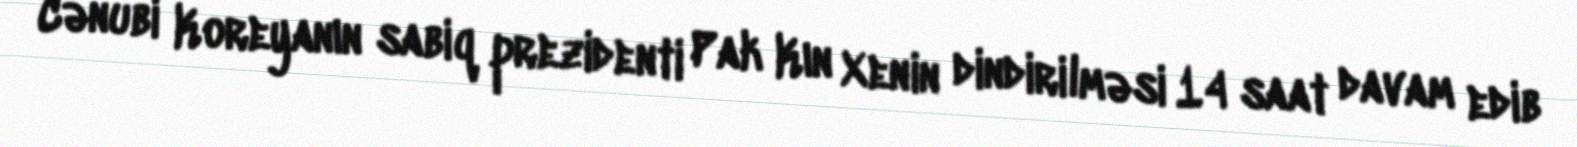
Cənubi Koreyanın sabiq prezidenti Pak Kın Xenin dindirilməsi 14 saat davam edib